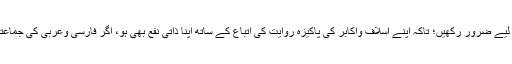
(۵) ایک ادارہ کے ذمہ دارو مہتمم کے لیے یہ بھی ضروری ہے کہ وہ اپنا ایک گھنٹہ تدریس کے لیے ضرور رکھیں؛ تاکہ اپنے اسلاف واکابر کی پاکیزہ روایت کی اتباع کے ساتھ اپنا ذاتی نفع بھی ہو، اگر فارسی وعربی کی جماعتیں نہ ہوں تو شعبہٴ تحفیظ القرآن کے بچوں کا اُردو نصاب وغیرہ کا ہی گھنٹہ اپنے لیے لازم کرلیں۔